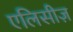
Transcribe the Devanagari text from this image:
एलिसीज़